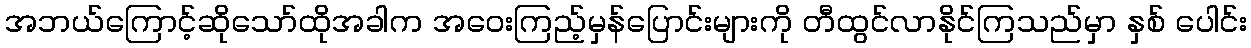
အဘယ်ကြောင့်ဆိုသော်ထိုအခါက အဝေးကြည့်မှန်ပြောင်းများကို တီထွင်လာနိုင်ကြသည်မှာ နှစ် ပေါင်း